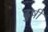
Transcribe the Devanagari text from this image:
ढुषी